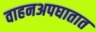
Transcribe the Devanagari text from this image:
वाहनअपघातात